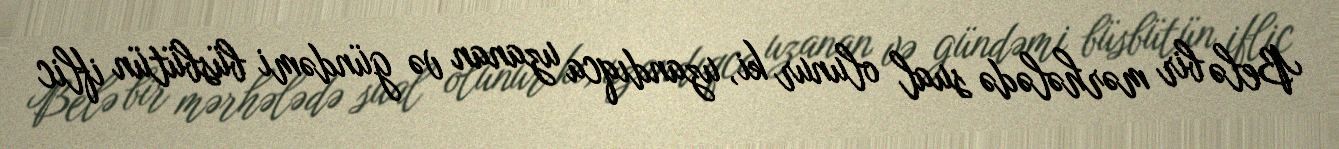
Belə bir mərhələdə sual olunur ki, uzandıqca uzanan və gündəmi büsbütün iflic